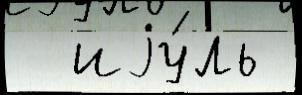
  иjу́ль